Report on vaccination in the Province of Bengal - 1869-1873
Year: 1869
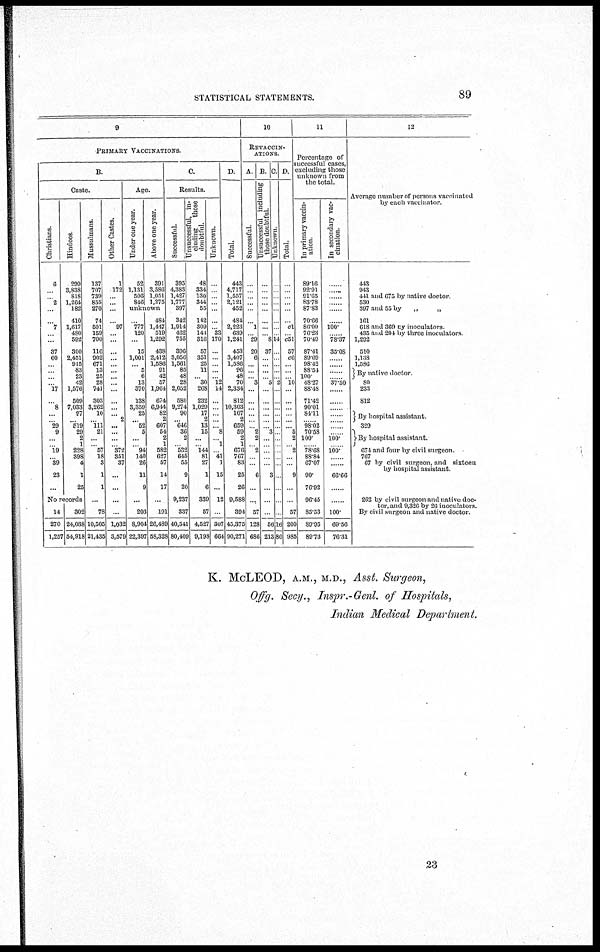
STATISTICAL STATEMENTS.
89
9
PRIMARY VACCINATIONS.
B.
Caste.
Christians.
6
...
...
2
...
...
7
... ...
37
60
...
... ...
... 17
...
8
...
... 29
9
...
... 19
... 39
23
...
Hindoos.
299
3,838
818
1,264
182
410
1,617
480
592
300
2,451
915
83
23
42
1,576
509
7,033
97
... 519
29
2
1
228
398
4
1
25
No records
14
270
1,257
302
24,038
54,918
Mussulmans.
137
707
739
855
270
74
501
159
700
116
902
671
13
25
28
741
303
3,262
10
...
111 21
...
...
57
18
3
1
1
...
78
10,505
21,435
Other Castes.
1
172
...
...
...
...
97
...
...
...
...
...
...
...
...
...
...
...
...
2
...
...
... ...
372
351
37
...
...
...
...
1,032
3,579
Age.
Under one year.
52
1,131
506
846
Above one year.
391
3,586
1,051
1,275
unknown
...
777
120
...
15
1,001
...
5
6
13
370
138
3,359
25
...
52
5
... ...
94
140
26
11
9
...
203
8,904
22,397
484
1,447
519
1,292
438
2,412
1,586
91
42
57
1,964
674
6,944
82
2
607
54
2
1 582
627
57
14
17
...
191
26,489
58,328
C.
Results.
Successful.
395
4,383
1,427
1,777
397
342
1,914
462
755
396
3,056
1,561
85
48
28
2,052
580
9,274
90
...
646
36
2
...
532
645
55
9
20
9,237
337
40,541
80,409
Unsuccessful, in-
cluding
those
doubtful.
48
334
130
344
55
142
309
144
316
57
351
25
11
...
30
268
232
1,020
17
2
13
15
... ...
144
81
27
1
6
339
57
4,527
9,198
Unknown.
...
...
...
...
...
...
... 33
170
...
... ...
...
...
12
14
...
...
... ... ...
8
...
1
...
41
1
15
...
12
...
307
664
D.
Total.
443
4,717
1,557
2,121
452
484
2,223
639
1,241
453
3,407
1,586
96
48
70
2,334
812
10,303
107
2
659
59
2
1 676
767
83
25
26
9,588
394
45,375
90,271
10
REVACCIN-
ATIONS.
A.
Successful.
...
...
...
...
...
...
1
... 29
20
6
... ...
... 3
...
...
...
... ...
... 2
2
...
2
... ...
6
...
...
57
128
686
B.
Unsuccessful including
those doubtful.
...
...
...
...
...
...
...
... 8
37
...
...
...
... 5
...
...
...
... ...
...
3
... ...
...
... ...
3
...
...
...
56
213
C.
Unknown.
...
...
...
...
...
...
...
... 14
...
... ...
...
... 2
...
...
...
... ...
...
...
... ...
...
...
...
...
...
...
...
16
86
D.
Total.
...
...
...
...
...
...
c1
... c51
57
c6
...
...
... 10
...
...
...
... ...
... 5 2
...
2
...
...
9
...
...
57
200
985
11
Percentage of
successful cases,
excluding those
unknown from
the total.
In primary vaccin-
ation.
89.16
92.91
91.65
83.78
87.83
70.66
86.09
76.23
70.49
87.41
89.69
98.42
88.54
100.
48.27
88.48
71.42
90.01
84.11
...... 98.02
70.58
100
...... 78.68
88.84
67.07
90.
76.92
96.45
85.53
89.95
89.73
In secondary vac-
cination.
......
......
......
...... ......
......
100.
...... 78.37
35.08
......
......
......
...... 37.50
......
......
......
...... ......
......
...... 100.
...... 100.
...... ......
66.66
......
......
100.
69.56
76.31
12
Average number of persons vaccinated
by each vaccinator
443
943
441 and 675 by native doctor.
530
397 and 55 by
„
„
161
618 and 369 by inoculators
435 and 204 by three inoculators
1,292
510
1,138
1,586
By native doctor
80
233
812
By hospital assistant.
329
By hospital assistant
674 and four by civil surgeon.
767
67 by civil surgeon, and sixteen
by hospital assistant.
262 by civil surgeon and native doc¬
tor, and 9,326 by 26 inoculators.
By civil surgeon and native doctor.
K. McLEOD, A.M., M.D., Asst. Surgeon,
Offg. Secy., Inspr.-Genl. of Hospitals,
Indian Medical Department.
23